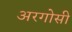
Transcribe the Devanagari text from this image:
अरगोसी